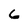
Character: 6